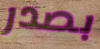
بصدر